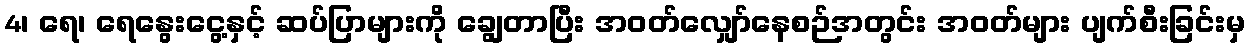
4၊ ရေ၊ ရေနွေးငွေ့နှင့် ဆပ်ပြာများကို ချွေတာပြီး အဝတ်လျှော်နေစဉ်အတွင်း အဝတ်များ ပျက်စီးခြင်းမှ